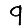
Digit: 9